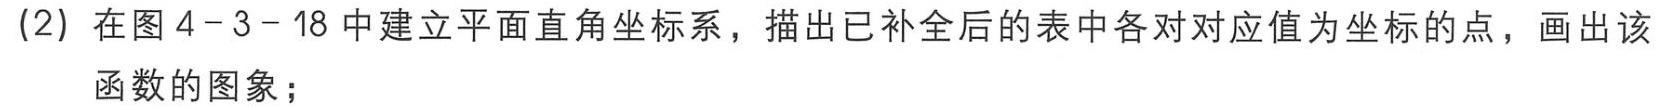
(2) 在图4 - 3 - 18中建立平面直角坐标系，描出已补全后的表中各对对应值为坐标的点，画出该

函数的图象；